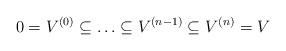
LaTeX: \begin{align*}0 = V^{(0)} \subseteq \ldots \subseteq V^{(n-1)} \subseteq V^{(n)} = V\end{align*}